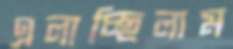
এলাচ্ছিলাম